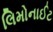
લિમોનાઈટ